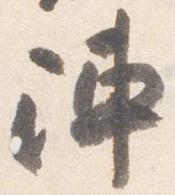
陣